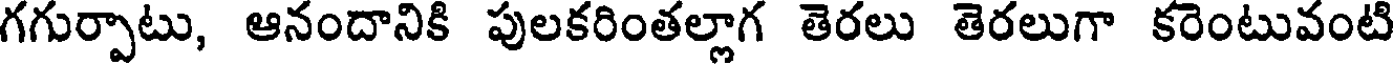
గగుర్పాటు, ఆనందానికి పులకరింతల్లాగ తెరలు తెరలుగా కరెంటువంటి